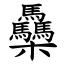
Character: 䯂